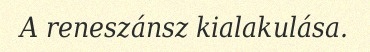
A reneszánsz kialakulása.